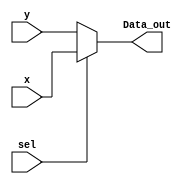
/*
* Description
*	MUX 2 to 1.
* Author:
*	Ing. Luis Eduardo Almonte De Luna
* Date:
*	28/11/2021
*/
module MUX
#(
	parameter DATA_WIDTH = 32
	
 )
	
(
	 input  [DATA_WIDTH-1:0] 	  x, y,
    input  								sel,
    output [DATA_WIDTH-1:0] Data_out
	 
);
	  
	 assign Data_out = sel ? x:y;
	 
endmodule